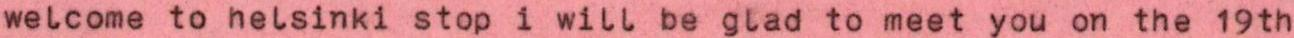
welcome to helsinki stop i will be glad to meet you on the 19th